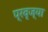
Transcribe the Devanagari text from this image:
प्रवृज्या